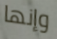
وإنها